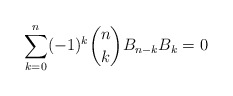
\begin{align*} \sum_{k=0}^n (-1)^k \binom{n}{k} B_{n-k}B_k=0 \end{align*}